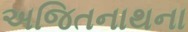
અજિતનાથના